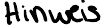
Hinweis